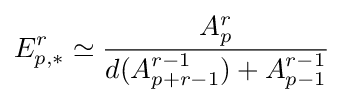
E_{p,*}^{r}\simeq {A_{p}^{r} \over d(A_{p+r-1}^{r-1})+A_{p-1}^{r-1}}